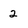
Character: 2